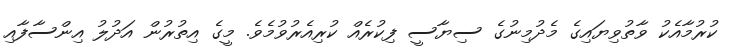
ކުރުމާއެކު ވާތުވިޔައިގެ މެދުމިނުގެ ސިޔާސީ ފިކުރެއް ކުރިއެރުވުމެވެ. މީގެ އިތުރުން އަދުލު އިންސާފާއި